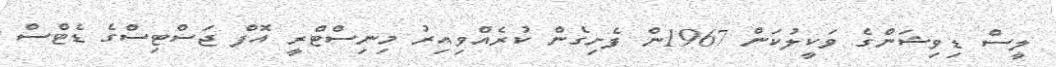
ލީސް ޑިވިޝަންގެ ވަކީލުކަން 1967ން ފެށިގެން ކުރެއްވިއިރު މިނިސްޓްރީ އޮފް ޖަސްޓިސްގެ ޑެޓްސް